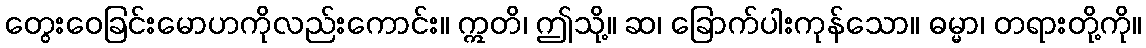
တွေးဝေခြင်းမောဟကိုလည်းကောင်း။ ဣတိ၊ ဤသို့။ ဆ၊ ခြောက်ပါးကုန်သော။ ဓမ္မာ၊ တရားတို့ကို။